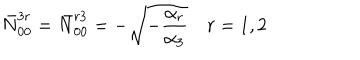
\bar { N } _ { 0 0 } ^ { 3 r } = \bar { N } _ { 0 0 } ^ { r 3 } = - \sqrt { - { \frac { \alpha _ { r } } { \alpha _ { 3 } } } } \quad r = 1 , 2